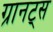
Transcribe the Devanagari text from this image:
ग्रानट्स